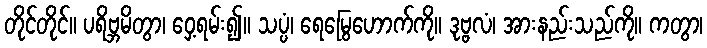
တိုင်တိုင်။ ပရိဗ္ဘမိတွာ၊ ဝှေ့ရမ်း၍။ သပ္ပံ၊ ရေမြွေဟောက်ကို။ ဒုဗ္ဗလံ၊ အားနည်းသည်ကို။ ကတွာ၊